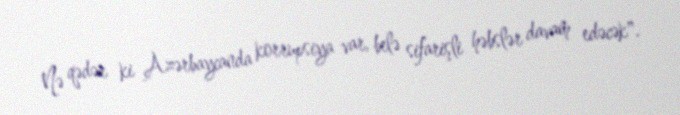
Nə qədər ki Azərbaycanda korrupsiya var, belə sifarişli həbslər davam edəcək".